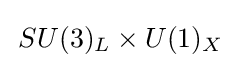
\,SU(3)_{L}\times U(1)_{X}